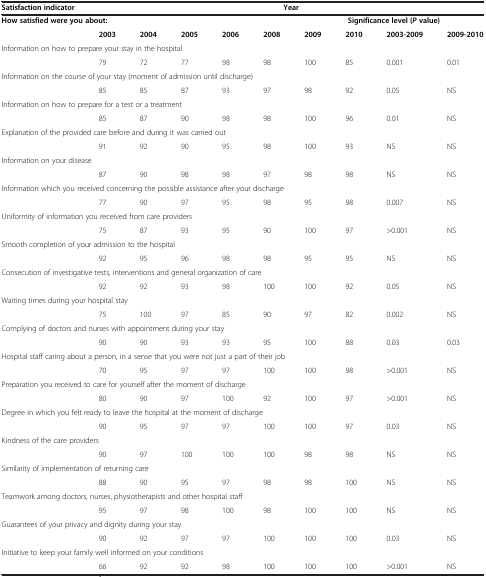
<table><thead><tr><td><b>Satisfaction indicator</b></td><td colspan="9"><b>Year</b></td></tr></thead><tbody><tr><td colspan="6"><b>How satisfied were you about:</b></td><td colspan="4"><b>Significance level (</b><b><i>P </i></b><b>value)</b></td></tr><tr><td> </td><td><b>2003</b></td><td><b>2004</b></td><td><b>2005</b></td><td><b>2006</b></td><td><b>2008</b></td><td><b>2009</b></td><td><b>2010</b></td><td><b>2003-2009</b></td><td><b>2009-2010</b></td></tr><tr><td colspan="10">Information on how to prepare your stay in the hospital</td></tr><tr><td> </td><td>79</td><td>72</td><td>77</td><td>98</td><td>98</td><td>100</td><td>85</td><td>0.001</td><td>0.01</td></tr><tr><td colspan="10">Information on the course of your stay (moment of admission until discharge)</td></tr><tr><td> </td><td>85</td><td>85</td><td>87</td><td>93</td><td>97</td><td>98</td><td>92</td><td>0.05</td><td>NS</td></tr><tr><td colspan="10">Information on how to prepare for a test or a treatment</td></tr><tr><td> </td><td>85</td><td>87</td><td>90</td><td>98</td><td>98</td><td>100</td><td>96</td><td>0.01</td><td>NS</td></tr><tr><td colspan="10">Explanation of the provided care before and during it was carried out</td></tr><tr><td> </td><td>91</td><td>92</td><td>90</td><td>95</td><td>98</td><td>100</td><td>93</td><td>NS</td><td>NS</td></tr><tr><td colspan="10">Information on your disease</td></tr><tr><td> </td><td>87</td><td>90</td><td>98</td><td>98</td><td>97</td><td>98</td><td>98</td><td>NS</td><td>NS</td></tr><tr><td colspan="10">Information which you received concerning the possible assistance after your discharge</td></tr><tr><td> </td><td>77</td><td>90</td><td>97</td><td>95</td><td>98</td><td>95</td><td>98</td><td>0.007</td><td>NS</td></tr><tr><td colspan="10">Uniformity of information you received from care providers</td></tr><tr><td> </td><td>75</td><td>87</td><td>93</td><td>95</td><td>90</td><td>100</td><td>97</td><td>&gt;0.001</td><td>NS</td></tr><tr><td colspan="10">Smooth completion of your admission to the hospital</td></tr><tr><td> </td><td>92</td><td>95</td><td>96</td><td>98</td><td>98</td><td>95</td><td>95</td><td>NS</td><td>NS</td></tr><tr><td colspan="10">Consecution of investigative tests, interventions and general organization of care</td></tr><tr><td> </td><td>92</td><td>92</td><td>93</td><td>98</td><td>100</td><td>100</td><td>92</td><td>0.05</td><td>NS</td></tr><tr><td colspan="10">Waiting times during your hospital stay</td></tr><tr><td> </td><td>75</td><td>100</td><td>97</td><td>85</td><td>90</td><td>97</td><td>82</td><td>0.002</td><td>NS</td></tr><tr><td colspan="10">Complying of doctors and nurses with appointment during your stay</td></tr><tr><td> </td><td>90</td><td>90</td><td>93</td><td>93</td><td>95</td><td>100</td><td>88</td><td>0.03</td><td>0.03</td></tr><tr><td colspan="10">Hospital staff caring about a person, in a sense that you were not just a part of their job</td></tr><tr><td> </td><td>70</td><td>95</td><td>97</td><td>97</td><td>100</td><td>100</td><td>98</td><td>&gt;0.001</td><td>NS</td></tr><tr><td colspan="10">Preparation you received to care for yourself after the moment of discharge</td></tr><tr><td> </td><td>80</td><td>90</td><td>97</td><td>100</td><td>92</td><td>100</td><td>97</td><td>&gt;0.001</td><td>NS</td></tr><tr><td colspan="10">Degree in which you felt ready to leave the hospital at the moment of discharge</td></tr><tr><td> </td><td>90</td><td>95</td><td>97</td><td>97</td><td>100</td><td>100</td><td>97</td><td>0.03</td><td>NS</td></tr><tr><td colspan="10">Kindness of the care providers</td></tr><tr><td> </td><td>90</td><td>97</td><td>100</td><td>100</td><td>100</td><td>98</td><td>98</td><td>NS</td><td>NS</td></tr><tr><td colspan="10">Similarity of implementation of returning care</td></tr><tr><td> </td><td>88</td><td>90</td><td>95</td><td>97</td><td>98</td><td>98</td><td>100</td><td>NS</td><td>NS</td></tr><tr><td colspan="10">Teamwork among doctors, nurses, physiotherapists and other hospital staff</td></tr><tr><td> </td><td>95</td><td>97</td><td>98</td><td>100</td><td>98</td><td>100</td><td>100</td><td>NS</td><td>NS</td></tr><tr><td colspan="10">Guarantees of your privacy and dignity during your stay</td></tr><tr><td> </td><td>90</td><td>92</td><td>97</td><td>97</td><td>100</td><td>100</td><td>100</td><td>0.03</td><td>NS</td></tr><tr><td colspan="10">Initiative to keep your family well informed on your conditions</td></tr><tr><td> </td><td>66</td><td>92</td><td>92</td><td>98</td><td>100</td><td>100</td><td>100</td><td>&gt;0.001</td><td>NS</td></tr></tbody></table>